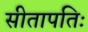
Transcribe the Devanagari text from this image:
सीतापतिः